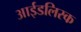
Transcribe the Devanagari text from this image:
आईडलिस्क